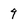
Character: 9